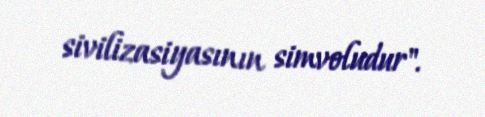
sivilizasiyasının simvoludur".